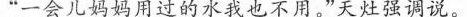
“一会儿妈妈用过的水我也不用。"天灶强调说。